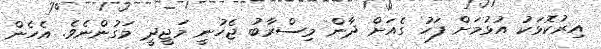
އިރުކޮޅަކު އުޅުމަށް ފަހު ގެއަށް ދާން މިސްރާބު ޖެހުނީ މަޖީދީ މަގުންނެވެ. އެހެން